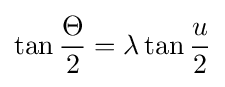
\tan {\frac {\Theta }{2}}=\lambda \tan {\frac {u}{2}}